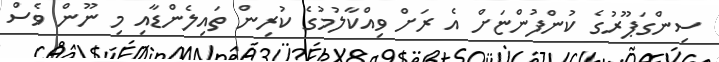
ސިންގަޕޫރުގެ ކުންފުންޏަށް އެ ރަށް ވިއްކާލުމުގެ ކުރިން ތައިލެންޑާއި މި ނޫން ވެސް